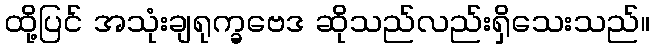
ထို့ပြင် အသုံးချရုက္ခဗေဒ ဆိုသည်လည်းရှိသေးသည်။